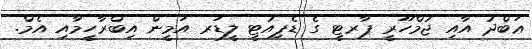
ޢަބްދު އާއި ޖުމްހޫރީ ޕާރޓީ ގެ ޑެޕިއުޓީ ލީޑަރ އަމީން އިބްރާހީމާއި އެމް.